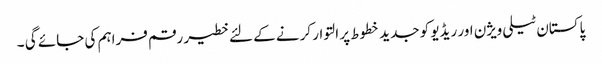
پاکستان ٹیلی ویژن اور ریڈیو کو جدید خطوط پر التوار کرنے کے لئے خطیر رقم فراہم کی جائے گی ۔